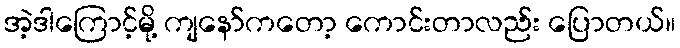
အဲ့ဒါကြောင့်မို့ ကျနော်ကတော့ ကောင်းတာလည်း ပြောတယ်။